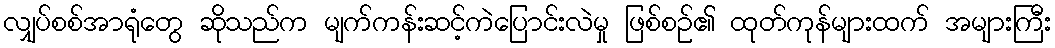
လျှပ်စစ်အာရုံတွေ ဆိုသည်က မျက်ကန်းဆင့်ကဲပြောင်းလဲမှု ဖြစ်စဉ်၏ ထုတ်ကုန်များထက် အများကြီး